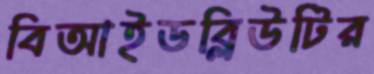
বিআইডব্লিউটির